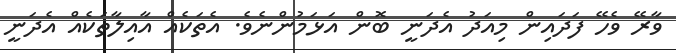
ވާރޭ ވެހޭ ފަދައިން މިއަދު އެދަނީ ބޮން އަޅަމުންނެވެ. އެތަކެއް އާއިލާތަކެއް އެދަނީ